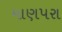
માણપરા